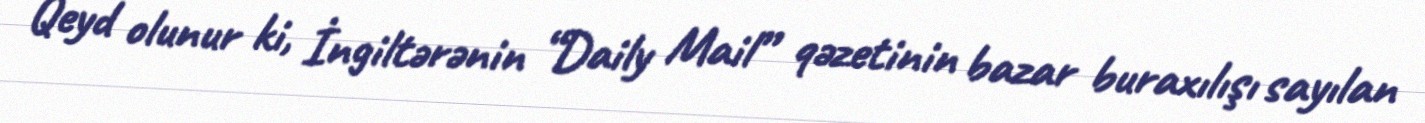
Qeyd olunur ki, İngiltərənin “Daily Mail” qəzetinin bazar buraxılışı sayılan